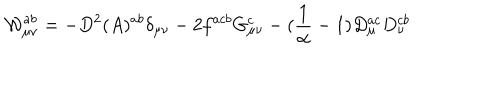
{ \cal { W } } _ { \mu \nu } ^ { a b } = - D ^ { 2 } ( A ) ^ { a b } \delta _ { \mu \nu } - 2 f ^ { a c b } G _ { \mu \nu } ^ { c } - ( \frac { 1 } { \alpha } - 1 ) D _ { \mu } ^ { a c } D _ { \nu } ^ { c b }